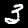
Label: 3